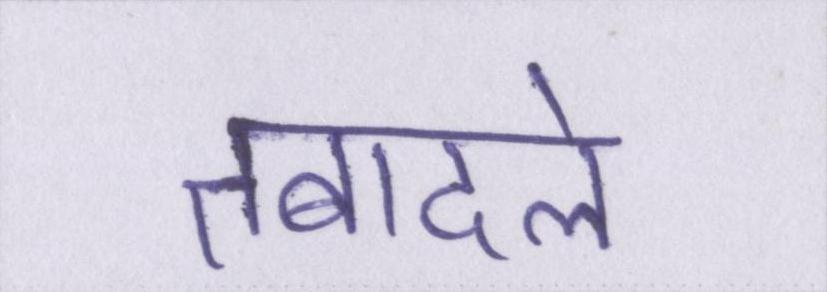
तबादले